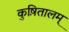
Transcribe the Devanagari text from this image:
कुष़ितालम्